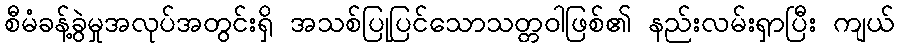
စီမံခန့်ခွဲမှုအလုပ်အတွင်းရှိ အသစ်ပြုပြင်သောသတ္တဝါဖြစ်၏ နည်းလမ်းရှာပြီး ကျယ်